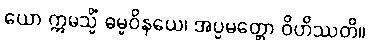
ယော ဣမသ္မိံ ဓမ္မဝိနယေ၊ အပ္ပမတ္တော ဝိဟိဿတိ။